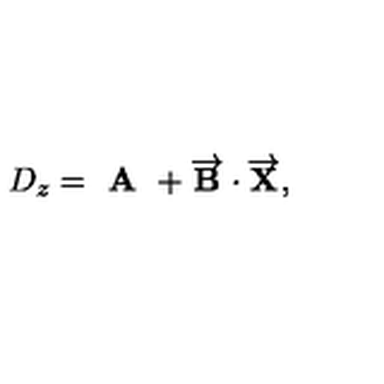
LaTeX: D _ { z } = \textbf { A } + \overrightarrow { \mathbf { B } } \cdot \overrightarrow { \mathbf { X } } ,